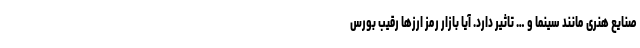
صنایع هنری مانند سینما و … تاثیر دارد. آیا بازار رمز ارزها رقیب بورس